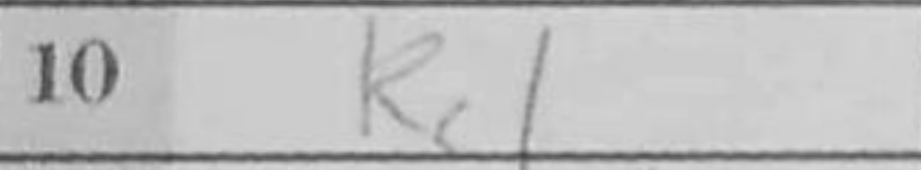
Transcription: Rc1